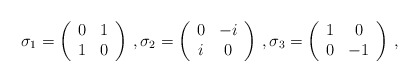
\begin{align*}\sigma_1 = \left(\begin{array}{cc} 0 & 1 \\ 1 & 0 \\ \end{array} \right) \,,\sigma_2 = \left(\begin{array}{cc} 0 & -i \\ i & 0 \\ \end{array} \right) \,,\sigma_3 = \left(\begin{array}{cc} 1 & 0 \\ 0 & -1 \\ \end{array} \right) \,,\end{align*}